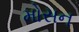
મોસન